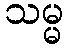
သမ္မ